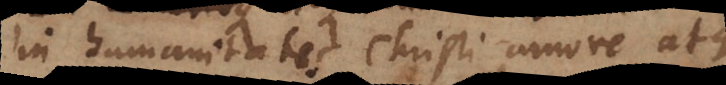
in humanitatis Christi amore atque